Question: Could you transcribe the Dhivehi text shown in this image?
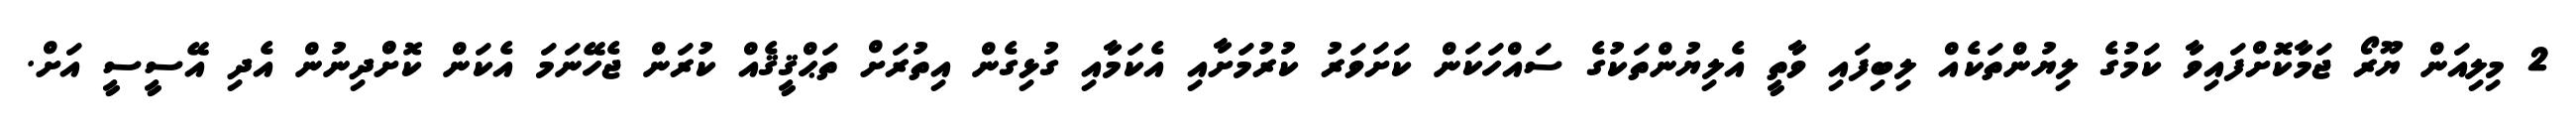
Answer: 2 މިލިއަން ޔޫރޯ ޖަމާކޮށްފައިވާ ކަމުގެ ލިޔުންތަކެއް ލިބިފައި ވާތީ އެލިޔުންތަކުގެ ސައްހަކަން ކަށަވަރު ކުރުމަށާއި އެކަމާއި ގުޅިގެން އިތުރަށް ތަޙްޤީޤެއް ކުރަން ޖެހޭނަމަ އެކަން ކޮށްްދިނުން އެދި އޭސީސީ އަށް.